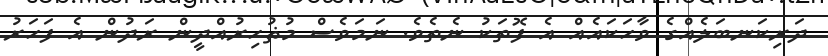
ދަރިކަނބަލެއްގެ ވާހަކައެއް އެ ފޮތަކު ނެތެވެ. ނަމަވެސް މުޡުހިރުއްދީން ރަދުން އެ ފަހަރު